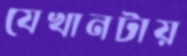
যেখানটায়